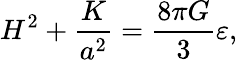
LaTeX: H^{2}+\frac{K}{a^{2}}=\frac{8\pi G}{3}\varepsilon,